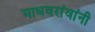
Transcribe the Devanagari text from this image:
माधवरांवांनी